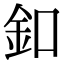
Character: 釦